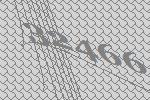
32466